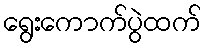
ရွေးကောက်ပွဲထက်